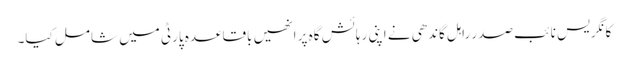
کانگریس نائب صدر راہل گاندھی نے اپنی رہائش گاہ پر انھیں باقاعدہ پارٹی میں شامل کیا۔